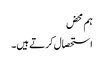
ہم محض
استحصال کرتے ہیں۔